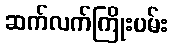
ဆက်လက်ကြိုးပမ်း